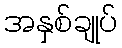
အနှစ်ချုပ်